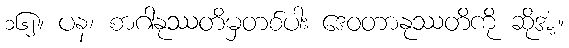
၁၆၂။ ပန၊ စာဂါနုဿတိမှတစ်ပါး ဒေဝတာနုဿတိကို ဆိုအံ့။